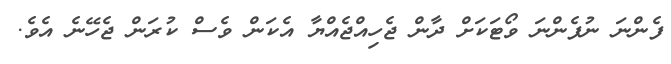
ފެންނަ ނުފެންނަ ވޯޓަކަށް ދާން ޖެހިއްޖެއްޔާ އެކަން ވެސް ކުރަން ޖެހޭނެ އެވެ.